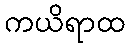
ကယိရာထ